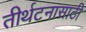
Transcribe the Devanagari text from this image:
तीर्थटनासाठी